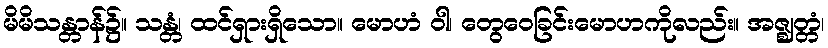
မိမိသန္တာန်၌။ သန္တံ၊ ထင်ရှားရှိသော။ မောဟံ ဝါ၊ တွေဝေခြင်းမောဟကိုလည်း။ အဇ္ဈတ္တံ၊